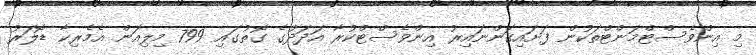
މި އިންވެސްޓްމަންޓްތަކުން ފަށައިގަންނައިރު އިންވެސްޓްކުރާ އަދަދުގެ ގޮތުގައި 799 މިލިއަން އެމެރިކާ ޑޮލަރު